Note on the mental hospitals in Burma - 1925-1940
Year: 1925
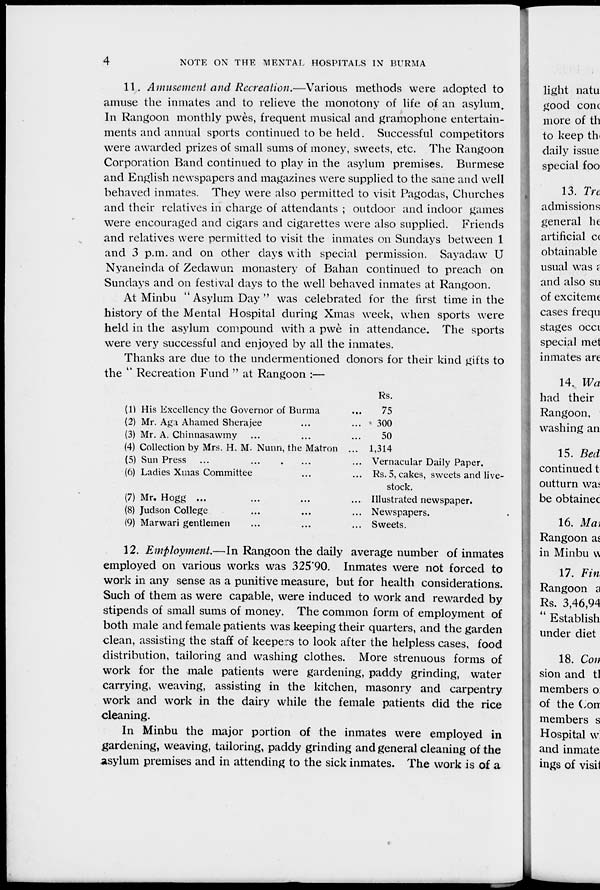
4
NOTE ON THE MENTAL HOSPITALS IN BURMA
11. Amusement and Recreation.—Various methods were adopted to
amuse the inmates and to relieve the monotony of life of an asylum.
In Rangoon monthly pwès, frequent musical and gramophone entertain-
ments and annual sports continued to be held. Successful competitors
were awarded prizes of small sums of money, sweets, etc. The Rangoon
Corporation Band continued to play in the asylum premises. Burmese
and English newspapers and magazines were supplied to the sane and well
behaved inmates. They were also permitted to visit Pagodas, Churches
and their relatives in charge of attendants ; outdoor and indoor games
were encouraged and cigars and cigarettes were also supplied. Friends
and relatives were permitted to visit the inmates on Sundays between 1
and 3 p.m. and on other days with special permission. Sayadaw U
Nyaneinda of Zedawun monastery of Bahan continued to preach on
Sundays and on festival days to the well behaved inmates at Rangoon.
At Minbu " Asylum Day " was celebrated for the first time in the
history of the Mental Hospital during Xmas week, when sports were
held in the asylum compound with a pwè in attendance. The sports
were very successful and enjoyed by all the inmates.
Thanks are due to the undermentioned donors for their kind gifts to
the " Recreation Fund " at Rangoon :—
(1) His Excellency the Governor of Burma ...
(2) Mr. Aga Ahamed Sherajee ... ...
(3) Mr. A. Chinnasawmy ... ... ...
(4) Collection by Mrs. H. M. Nunn, the Matron ...
(5) Sun Press ... ... ... ...
(6) Ladies Xmas Committee ... ...
(7) Mr. Hogg ... ... ... ...
(8) Judson College ... ... ...
(9) Marwari gentlemen ... ... ...
Rs.
75
300
50
1,314
Vernacular Daily Paper.
Rs. 5, cakes, sweets and live-
stock.
Illustrated newspaper.
Newspapers.
Sweets.
12. Employment.—In Rangoon the daily average number of inmates
employed on various works was 325.90. Inmates were not forced to
work in any sense as a punitive measure, but for health considerations.
Such of them as were capable, were induced to work and rewarded by
stipends of small sums of money. The common form of employment of
both male and female patients was keeping their quarters, and the garden
clean, assisting the staff of keepers to look after the helpless cases, food
distribution, tailoring and washing clothes. More strenuous forms of
work for the male patients were gardening, paddy grinding, water
carrying, weaving, assisting in the kitchen, masonry and carpentry
work and work in the dairy while the female patients did the rice
cleaning.
In Minbu the major portion of the inmates were employed in
gardening, weaving, tailoring, paddy grinding and general cleaning of the
asylum premises and in attending to the sick inmates. The work is of a